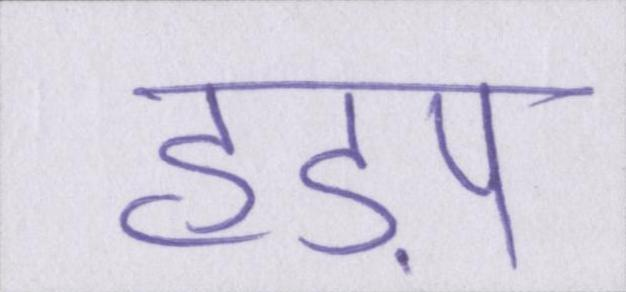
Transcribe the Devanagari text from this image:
हड़प